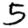
Digit: 5